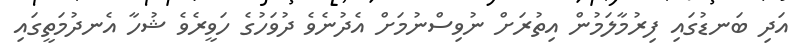
އަދި ބަނޑުގައި ފިރުމާލަމުން އިތުރަށް ނުވިސްނުމަށް އެދުނެވެ ދުވަހުގެ ހަވީރެވެ ޝުހާ އެނދުމަތީގައި